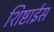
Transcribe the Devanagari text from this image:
शिष्टाईस